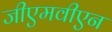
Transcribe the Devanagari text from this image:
जीएमवीएन